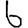
Digit: 6